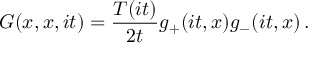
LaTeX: G ( x , x , i t ) = \frac { T ( i t ) } { 2 t } g _ { + } ( i t , x ) g _ { - } ( i t , x ) \, .